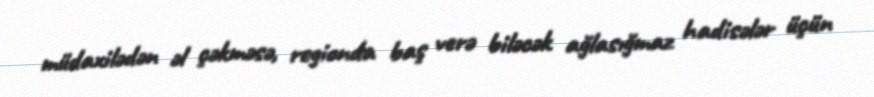
müdaxilədən əl çəkməsə, regionda baş verə biləcək ağlasığmaz hadisələr üçün